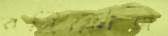
রনিফৌজ